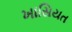
ખાસિયત